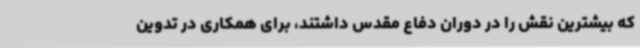
که بیشترین نقش را در دوران دفاع مقدس داشتند، برای همکاری در تدوین